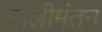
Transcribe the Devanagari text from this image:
कालीमंतन